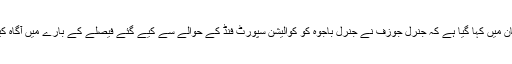
بیان میں کہا گیا ہے کہ جنرل جوزف نے جنرل باجوہ کو کوالیشن سپورٹ فنڈ کے حوالے سے کیے گئے فیصلے کے بارے میں آگاہ کیا۔